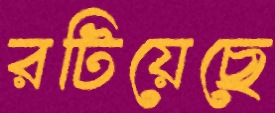
রটিয়েছে